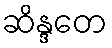
ဆိန္ဒတေ